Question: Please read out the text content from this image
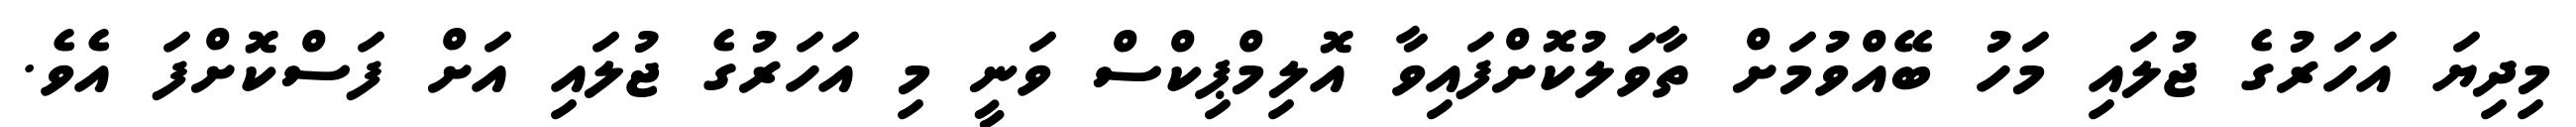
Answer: މިދިޔަ އަހަރުގެ ޖުލައި މަހު ބޭއްވުމަށް ތާވަލުކޮށްފައިވާ އޮލިމްޕިކްސް ވަނީ މި އަހަރުގެ ޖުލައި އަށް ފަސްކޮށްފަ އެވެ.